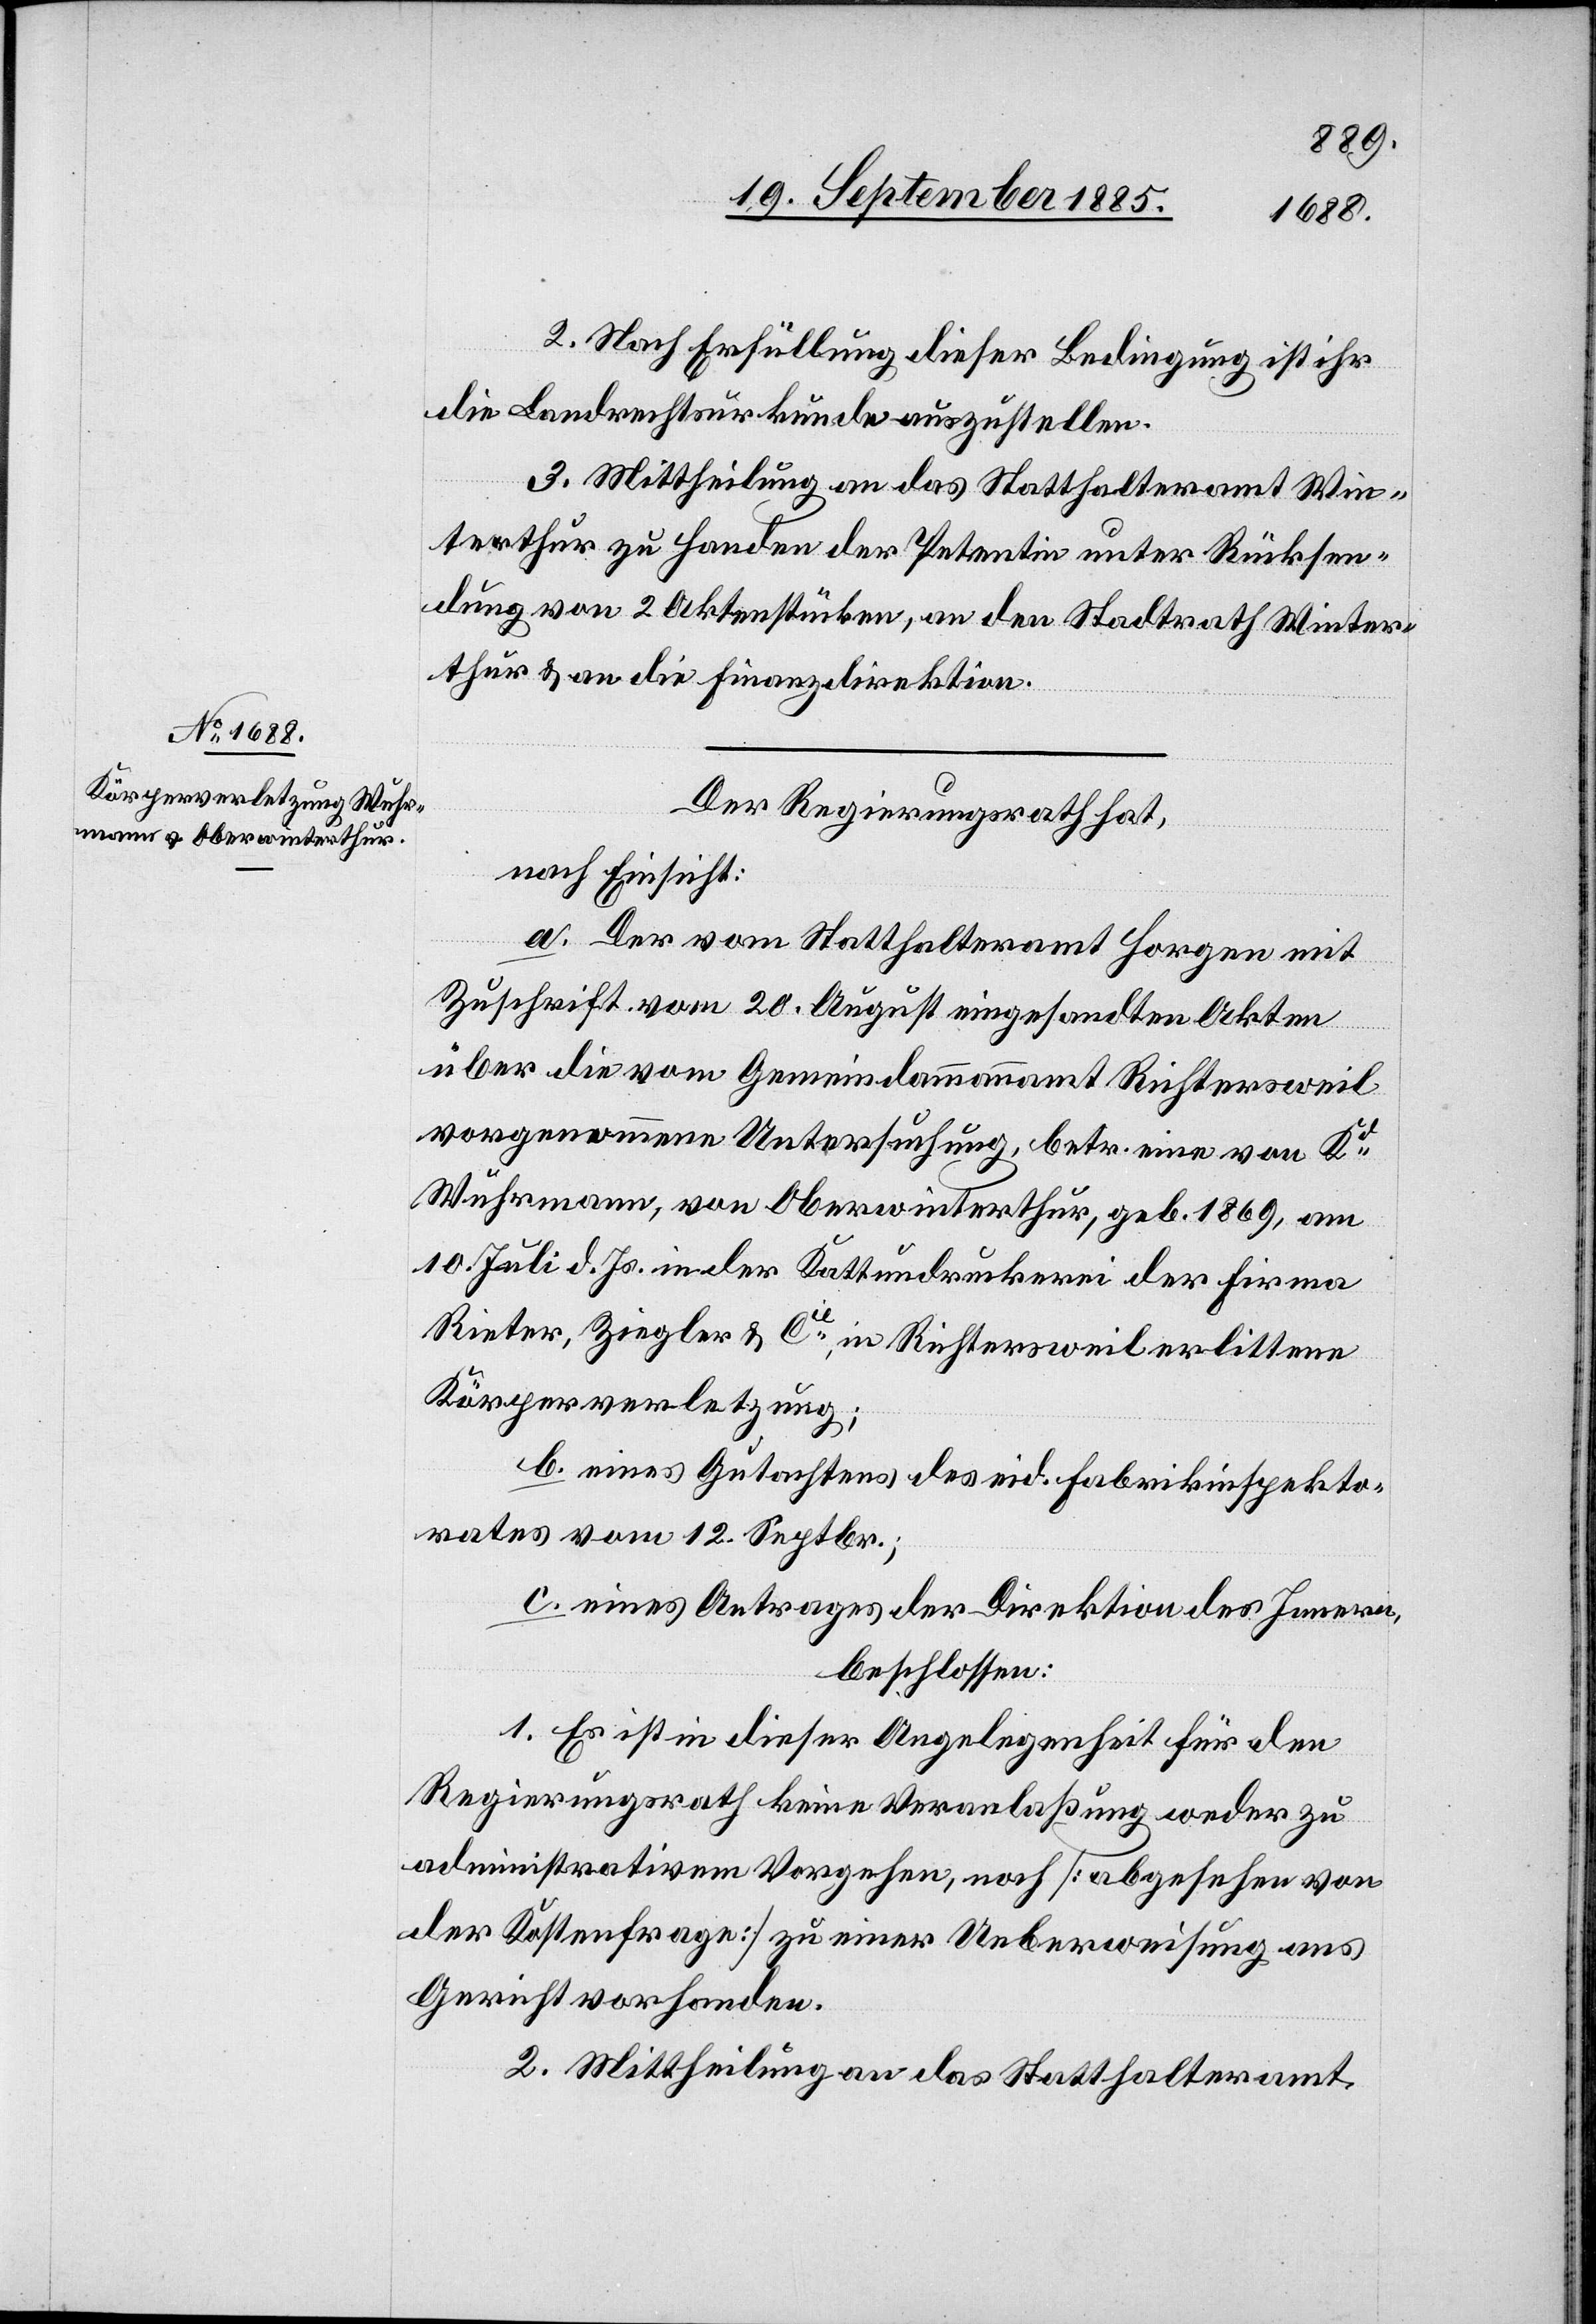
2. Nach Erfüllung dieser Bedingung ist ihr
die Landrechtsurkunde auszustellen.
3. Mittheilung an das Statthalteramt Win¬
terthur zu Handen der Petentin unter Rücksen¬
dung von 2 Aktenstücken, an den Stadtrath Winter¬
thur & an die Finanzdirektion.
Der Regierungsrath hat,
nach Einsicht:
a. Der vom Statthalteramt Horgen mit
Zuschrift vom 20. August eingesandten Akten
über die vom Gemeindammannamt Richtersweil
vorgenommene Untersuchung, betr. eine von Kd
Wuhrmann, von Oberwinterthur, geb. 1869, am
10. Juli d. Js. in der Kattundruckerei der Firma
Rieter, Ziegler & Cie, in Richtersweil erlittene
Körperverletzung;
b. eines Gutachtens des eid. Fabrikinspekto¬
rates vom 12. Septbr.;
c. eines Antrages der Direktion des Innern,
beschlossen:
1. Es ist in dieser Angelegenheit für den
Regierungsrath keine Veranlaßung weder zu
administrativem Vorgehen, noch [abgesehen von
der Kostenfrage] zu einer Ueberweisung ans
Gericht vorhanden.
2. Mittheilung an das Statthalteramt